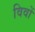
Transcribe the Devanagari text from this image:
विवों